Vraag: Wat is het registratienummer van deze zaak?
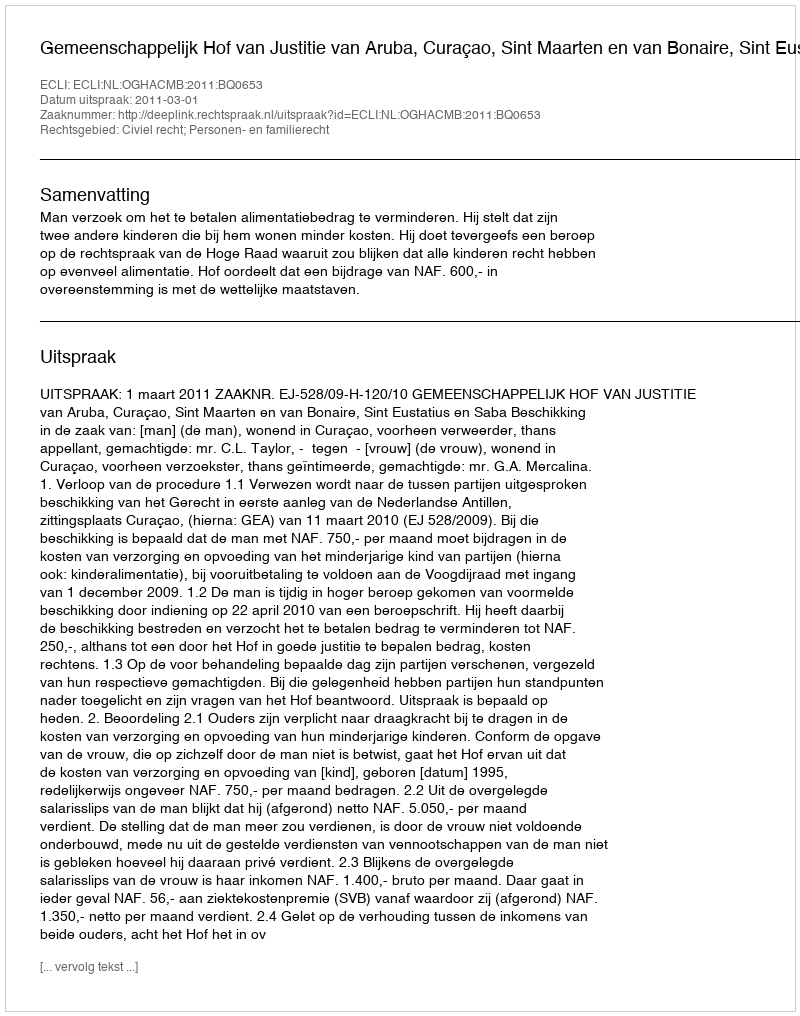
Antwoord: http://deeplink.rechtspraak.nl/uitspraak?id=ECLI:NL:OGHACMB:2011:BQ0653